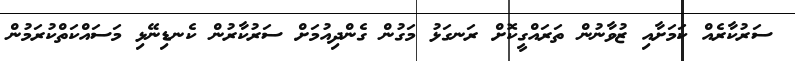
ސަރުކާރެއް ކަމަށާއި ޒުވާނުން ތަރައްގީކޮށް ރަނގަޅު މަގުން ގެންދިއުމަށް ސަރުކާރުން ކެނޑިނޭޅި މަސައްކަތްކުރަމުން